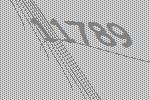
11789